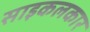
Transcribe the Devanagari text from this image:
साइकलकार